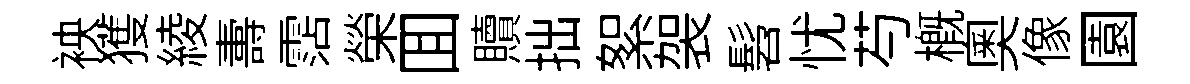
䘧獲綾夀霑榮囬贖拙絮袈髫忧芍槪奧像園